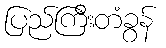
ပြည်ကြီးတံခွန်